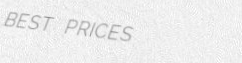
BEST PRICES